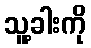
သူ့ခါးကို